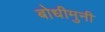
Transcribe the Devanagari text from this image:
बोधीमुनी